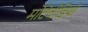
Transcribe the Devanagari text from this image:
मोटेवीडियो